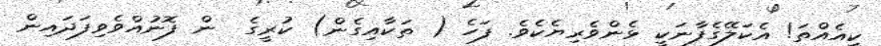
ކިއެއްތަ! އެކަލޭގެފާނަކީ ޅެންވެރިޔެކެވެ. ފަހެ ( ތަކާއިގެން) ކުރީގެ  ން ފޮނުއްވެވިފަދައިން